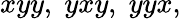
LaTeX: xyy,\; yxy,\; yyx,